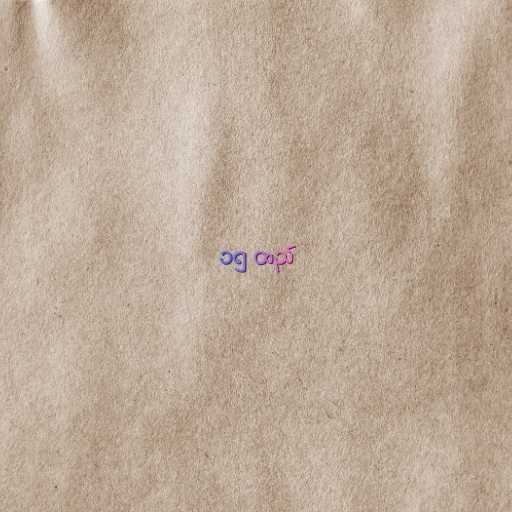
၁၅ ထည်